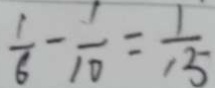
\frac { 1 } { 6 } - \frac { 1 } { 1 0 } = \frac { 1 } { 1 5 }